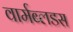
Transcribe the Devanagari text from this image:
वार्मब्लडस